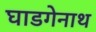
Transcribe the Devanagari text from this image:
घाडगेनाथ